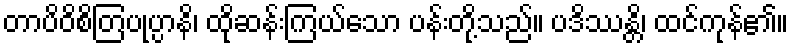
တာပိဝိစိတြပုပ္ပာနိ၊ ထိုဆန်းကြယ်သော ပန်းတို့သည်။ ပဒိဿန္တိ၊ ထင်ကုန်၏။